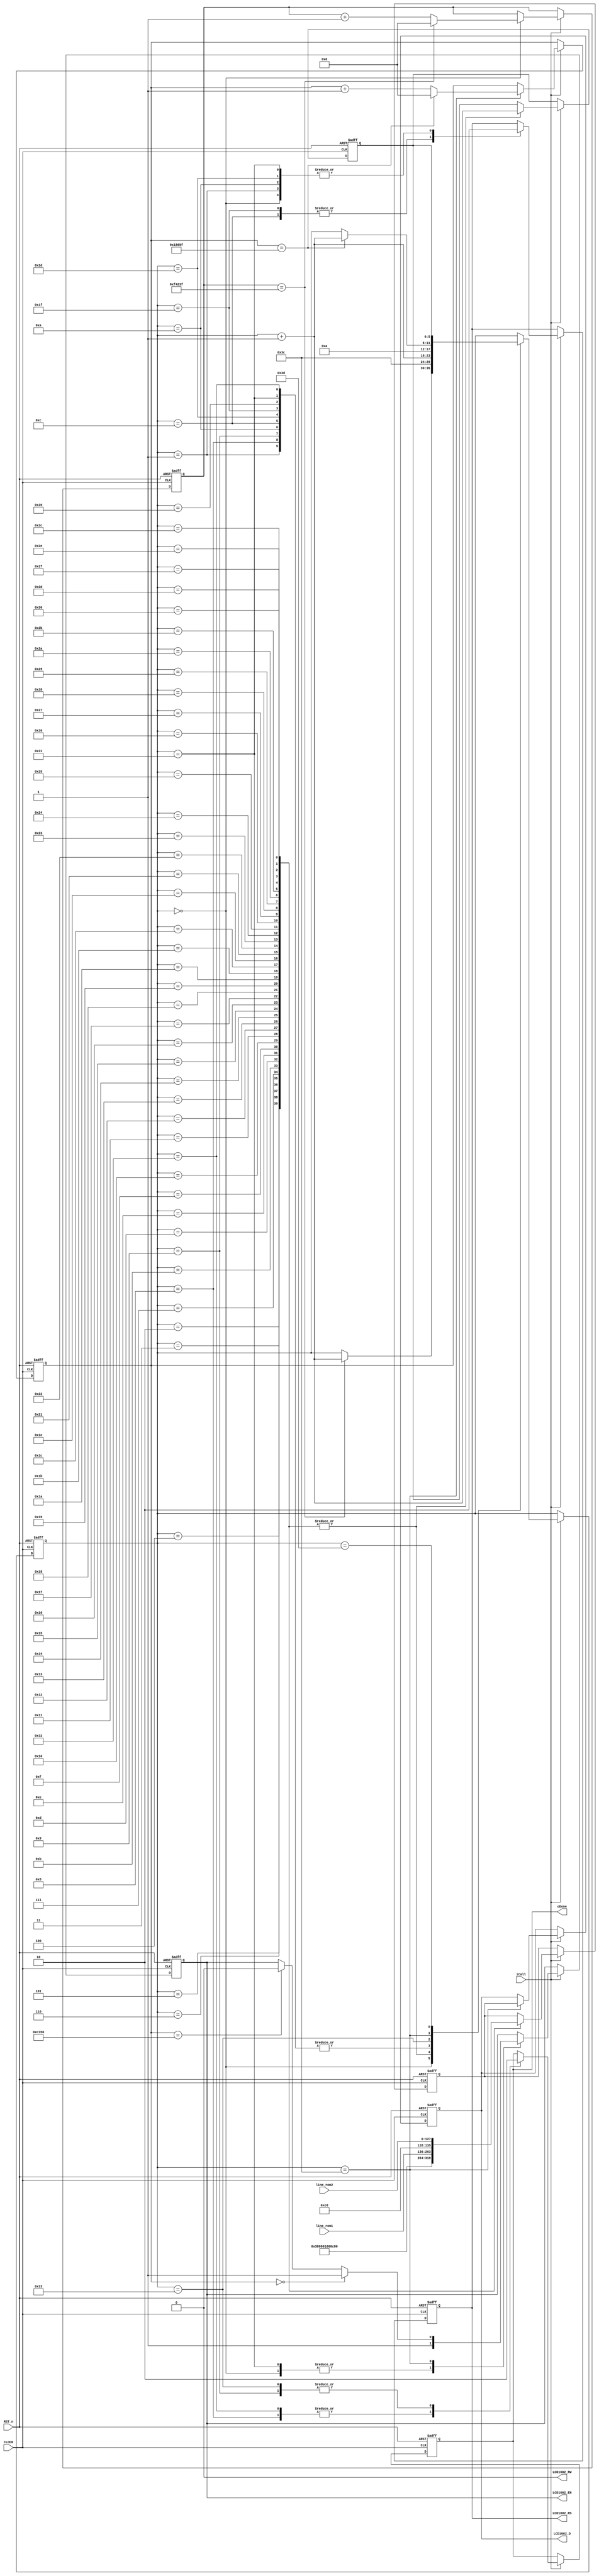
//****************************************************************************//
//# @Author: 
//# @Date:   2019-05-19 21:06:32
//# @Last Modified by:   zlk
//# @WeChat Official Account: OpenFPGA
//# @Last Modified time: 2019-06-29 01:08:17
//# Description: 
//# @Modification History: 2019-05-19 20:58:19
//# Date			    By			   VerDATAn			   Change Description: 
//# ========================================================================= #
//# 2019-05-19 20:58:19
//# ========================================================================= #
//# |                                          								| #
//# |                                OpenFPGA     							| #
//****************************************************************************//
module lcd1602_funcmod
(
    input CLOCK, RST_n,

	//lcd1602 interface
	output 				LCD1602_RS,		//H: Data; L: Instruction code
	output				LCD1602_RW,		//H: Read; L: Write
	output  			LCD1602_EN,		//LCD1602 Chip enable signal
	output		[7:0]	LCD1602_D,		//LCD1602 Data interface

	input		[127:0]	line_rom1,	//LCD1602 1th row display
	input		[127:0]	line_rom2,	//LCD1602 2th row display
	//Signal
	input iCall,
	output oDone
);	 
	 parameter DELAY_TIME = 1000_000;   //Delay for 20ms
	 //localparam DELAY_TIME = 20'd1000;		//Just for test
	 parameter FCLK = 20'd100_000, FHALF = 20'd50_000; // 500hz,(1/500hz)/(1/50Mhz) FCLK 
	 //localparam FCLK = 20'd100, FHALF = 20'd50;        //Just for test
	 parameter FF_Write = 6'd60;//FHALF   //tsp1
	 //localparam FF_Write = 20'd16;        //Just for test
	
	 
	 assign LCD1602_RW=1'b0;
	 reg [19:0]C1,C2;
    reg [5:0]i,Go;
	 reg [7:0]T; //D1  T 
	 reg rRS, rEN; 
	 reg [7:0]rDATA;
	 reg isDone; //isQ  IO 
	 
//LCD1602 init
localparam	DISP_SET	= 	8'h38;	//Display mode: Set 16X2,5X8, 8 bits data
localparam 	DISP_OFF	= 	8'h08;	//Display off
localparam 	CLR_SCR 	= 	8'h01;	//Clear the LCD
localparam 	CURSOR_SET1 = 	8'h06;	//Set Cursor
localparam 	CURSOR_SET2 = 	8'h0C;	//Display on
//Display 1th line	
localparam 	ROW1_ADDR	= 	8'h80;	//Line1's first address	

//Display 2th line
localparam 	ROW2_ADDR	= 	8'hC0;	//Line2's first address	

    always @ ( posedge CLOCK or negedge RST_n )	
	     if( !RST_n )
		      begin
				    { C1,C2 } <={ 20'd0,20'd0 };
				    { i,Go } <= { 6'd0,6'd0 };
					 T  <= 8'd0;
					 { rRS, rEN, rDATA } <= 3'b000;
					  isDone <= 1'b0;
				end
/***********************************************************************
 0 
 1 
 2  3~4 
***********************************************************************/
		   else if( iCall )
			    case( i )
				     
					0://20ms
					    begin 
					    	{ rRS,rEN } <= 2'b01; 
					  		if( C2 == DELAY_TIME -1) begin C2 <= 20'd0; i <= i + 1'b1; end
							else C2 <= C2 + 1'b1;
					    end
				
					1:
					    begin  rRS <=1'b0;i <= i + 1'b1; end //{ rRS,rEN } <= 2'b01;
						 
					2:
					    begin T <= 8'h00; i <= FF_Write; Go <= i + 1'b1; end   //IDLE

					3:
					    begin T <= DISP_SET; i <= FF_Write; Go <= i + 1'b1; end

					4:
					    begin T <= DISP_OFF; i <= FF_Write; Go <= i + 1'b1; end

					5:
					    begin T <= CLR_SCR; i <= FF_Write; Go <= i + 1'b1; end

					6:
					    begin T <= CURSOR_SET1; i <= FF_Write; Go <= i + 1'b1; end

					7:
						 begin T <= CURSOR_SET2; i <= FF_Write; Go <= i + 1'b1; end
						
						
					8:
					    begin isDone <= 1'b1; i <= i + 1'b1; end
					  
					9:
					    begin isDone <= 1'b0; i <= i + 1'b1; end

					10:
					    begin rRS <=1'b0; i <= i + 1'b1; end//{ rRS,rEN } <= 2'b00;
					11:
						 begin T <= ROW1_ADDR; i <= FF_Write; Go <= i + 1'b1; end
					12:
					    begin rRS <=1'b1; i <= i + 1'b1; end//{ rRS,rEN } <= 2'b11;
						 
					13:
						 begin T <= line_rom1[127:120]; i <= FF_Write; Go <= i + 1'b1; end
					14:
						 begin T <= line_rom1[119:112]; i <= FF_Write; Go <= i + 1'b1; end
					15:
						 begin T <= line_rom1[111:104]; i <= FF_Write; Go <= i + 1'b1; end							
					16:
						 begin T <= line_rom1[103: 96]; i <= FF_Write; Go <= i + 1'b1; end
					17:
						 begin T <= line_rom1[ 95: 88]; i <= FF_Write; Go <= i + 1'b1; end
					18:
						 begin T <= line_rom1[ 87: 80]; i <= FF_Write; Go <= i + 1'b1; end
					19:
						 begin T <= line_rom1[ 79: 72]; i <= FF_Write; Go <= i + 1'b1; end
					20:
						 begin T <= line_rom1[ 71: 64]; i <= FF_Write; Go <= i + 1'b1; end
					21:
						 begin T <= line_rom1[ 63: 56]; i <= FF_Write; Go <= i + 1'b1; end
					22:
						 begin T <= line_rom1[ 55: 48]; i <= FF_Write; Go <= i + 1'b1; end
					23:
						 begin T <= line_rom1[ 47: 40]; i <= FF_Write; Go <= i + 1'b1; end
					24:
						 begin T <= line_rom1[ 39: 32]; i <= FF_Write; Go <= i + 1'b1; end
					25:
						 begin T <= line_rom1[ 31: 24]; i <= FF_Write; Go <= i + 1'b1; end
					26:
						 begin T <= line_rom1[ 23: 16]; i <= FF_Write; Go <= i + 1'b1; end
					27:
						 begin T <= line_rom1[ 15:  8]; i <= FF_Write; Go <= i + 1'b1; end
					28:
						 begin T <= line_rom1[  7:  0]; i <= FF_Write; Go <= i + 1'b1; end

				    /**********************************************************************/
					29:
					    begin rRS <=1'b0; i <= i + 1'b1; end//{ rRS,rEN } <= 2'b00;
					30:
						 begin T <= ROW2_ADDR; i <= FF_Write; Go <= i + 1'b1; end
					31:
					    begin  rRS <=1'b1;i <= i + 1'b1; end//{ rRS,rEN } <= 2'b11;
				   32:
						i <= i + 1'b1;
					33:
						begin T <= line_rom2[127:120]; i <= FF_Write; Go <= i + 1'b1; end
				   34:
						begin T <= line_rom2[119:112]; i <= FF_Write; Go <= i + 1'b1; end
					35:
						begin T <= line_rom2[111:104]; i <= FF_Write; Go <= i + 1'b1; end							
					36:
						begin T <= line_rom2[103: 96]; i <= FF_Write; Go <= i + 1'b1; end
					37:
						begin T <= line_rom2[ 95: 88]; i <= FF_Write; Go <= i + 1'b1; end
					38:
						begin T <= line_rom2[ 87: 80]; i <= FF_Write; Go <= i + 1'b1; end
					39:
						begin T <= line_rom2[ 79: 72]; i <= FF_Write; Go <= i + 1'b1; end
					40:
						begin T <= line_rom2[ 71: 64]; i <= FF_Write; Go <= i + 1'b1; end
					41:
						begin T <= line_rom2[ 63: 56]; i <= FF_Write; Go <= i + 1'b1; end
					42:
						begin T <= line_rom2[ 55: 48]; i <= FF_Write; Go <= i + 1'b1; end
					43:
						begin T <= line_rom2[ 47: 40]; i <= FF_Write; Go <= i + 1'b1; end
					44:
						begin T <= line_rom2[ 39: 32]; i <= FF_Write; Go <= i + 1'b1; end
					45:
						begin T <= line_rom2[ 31: 24]; i <= FF_Write; Go <= i + 1'b1; end
					46:
						begin T <= line_rom2[ 23: 16]; i <= FF_Write; Go <= i + 1'b1; end
					47:
						begin T <= line_rom2[ 15:  8]; i <= FF_Write; Go <= i + 1'b1; end
					48:
						begin T <= line_rom2[  7:  0]; i <= FF_Write; Go <= i + 1'b1; end//Go <= i + 1'b1;
					49:
					    begin { rRS,rEN } <= 2'b01; i <= i + 1'b1; end 

					50:
					  begin isDone <= 1'b1; i <= i + 1'b1; end
					  
					51:
					  begin isDone <= 1'b0; i <= 6'd10; end//
					  
					  /******************/
					  
					  60:
					  begin

					      rDATA <= T;//
							
						if( C1 == 0 ) rEN <= 1'b1;
 					    else if( C1 == FHALF ) rEN <= 1'b0;
					  
					    if( C1 == FCLK -1) begin C1 <= 20'd0; i <= i + 1'b1; end
						else C1 <= C1 + 1'b1;
					  end
					  
					 61:
					  i <= Go;
					  
				 endcase
       
/***********************************************************************
 rDATA  LCD1602_D_DATA D  oData	
***********************************************************************/
		assign { LCD1602_RS,LCD1602_EN } = { rRS,rEN };
		assign LCD1602_D = rDATA ;  //isQ ? rDATA : 1'bz;
		assign oDone = isDone;

endmodule